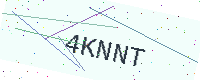
Text: 4KNNT